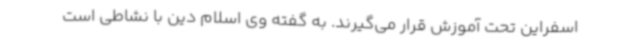
اسفراین تحت آموزش قرار می‌گیرند. به گفته وی اسلام دین با نشاطی است